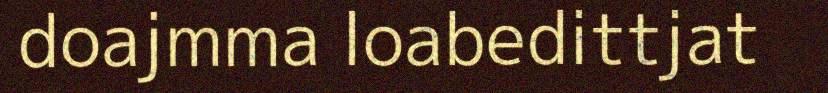
doajmma loabedittjat